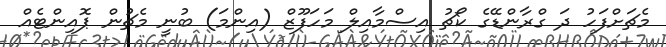
މެޗަށްފަހު ދަ ގްރާންޑޭގެ ކޯޗު އިސްމާއިލް މަހަފޫޒް (އިންމަ) ބުނީ މެޗުން ޕޮއިންޓެއް